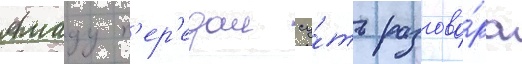
Амаду п'ер'едал су́ть разгово́ра